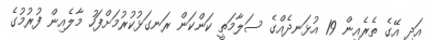
އަދި އޭގެ ތެރެއިން 19 އުޅަނދެއްގެ ސަލާމަތީ ކަންކަން ރަނގަޅުކުރުމަށްފަހު މާލެއިން ފުރުމުގެ